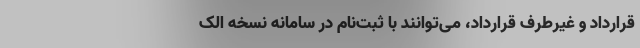
قرارداد و غیرطرف قرارداد، می‌توانند با ثبت‌نام در سامانه نسخه الک